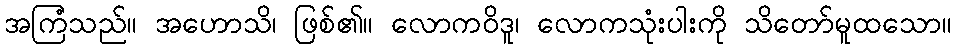
အကြံသည်။ အဟောသိ၊ ဖြစ်၏။ လောကဝိဒူ၊ လောကသုံးပါးကို သိတော်မူထသော။